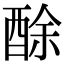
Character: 酴